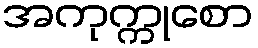
အကုက္ကုစော